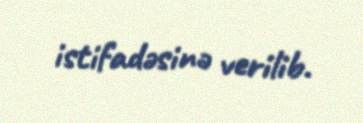
istifadəsinə verilib.